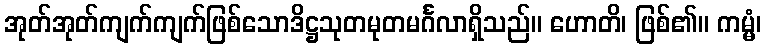
အုတ်အုတ်ကျက်ကျက်ဖြစ်သောဒိဋ္ဌသုတမုတမင်္ဂလာရှိသည်။ ဟောတိ၊ ဖြစ်၏။ ကမ္မံ၊